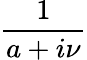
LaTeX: \frac{1}{a+i\nu}